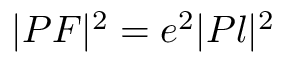
| P F | ^ { 2 } = e ^ { 2 } | P l | ^ { 2 }